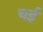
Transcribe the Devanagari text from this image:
चई